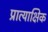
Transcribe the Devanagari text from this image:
प्रात्याक्षिक